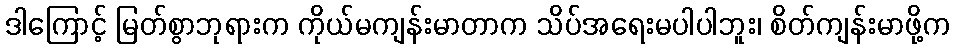
ဒါကြောင့် မြတ်စွာဘုရားက ကိုယ်မကျန်းမာတာက သိပ်အရေးမပါပါဘူး၊ စိတ်ကျန်းမာဖို့က